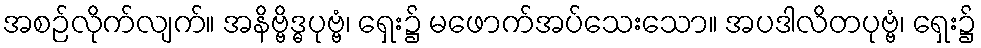
အစဉ်လိုက်လျက်။ အနိဗ္ဗိဒ္ဓပုဗ္ဗံ၊ ရှေး၌ မဖောက်အပ်သေးသော။ အပဒါလိတပုဗ္ဗံ၊ ရှေး၌